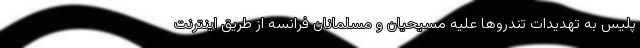
پلیس به تهدیدات تندروها علیه مسیحیان و مسلمانان فرانسه از طریق اینترنت